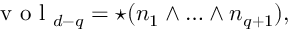
\mathrm { ~ v ~ o ~ l ~ } _ { d - q } = { \star ( n _ { 1 } \wedge \ldots \wedge n _ { q + 1 } ) } ,